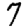
Digit: 7